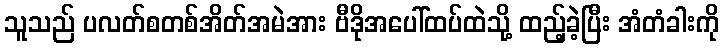
သူသည် ပလတ်စတစ်အိတ်အမဲအား ဗီဒိုအပေါ်ထပ်ထဲသို့ ထည့်ခဲ့ပြီး အံတံခါးကို